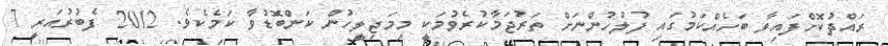
ރައްދުކޮށްފައިވާ ބަހެއްކަމުގައި ފުލުހުންނަށް ތަރުޖަމާކުރެވުމަކީ މިމަޖިލީހުން ކަންބޮޑުވާ ކަމެކެވެ. 2012 ފެބުރުއަރީ 7